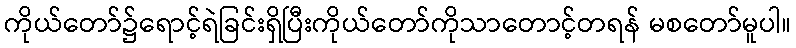
ကိုယ်တော်၌ရောင့်ရဲခြင်းရှိပြီးကိုယ်တော်ကိုသာတောင့်တရန် မစတော်မူပါ။